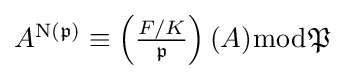
{\textstyle A^{\mathrm {N} ({\mathfrak {p}})}\equiv \left({\frac {F/K}{\mathfrak {p}}}\right)(A){\bmod {\mathfrak {P}}}}